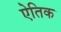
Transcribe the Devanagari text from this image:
ऐतिक